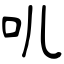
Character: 叽